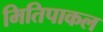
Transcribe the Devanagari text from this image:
मितिपाकल